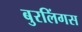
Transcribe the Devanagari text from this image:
बुरलिंगस